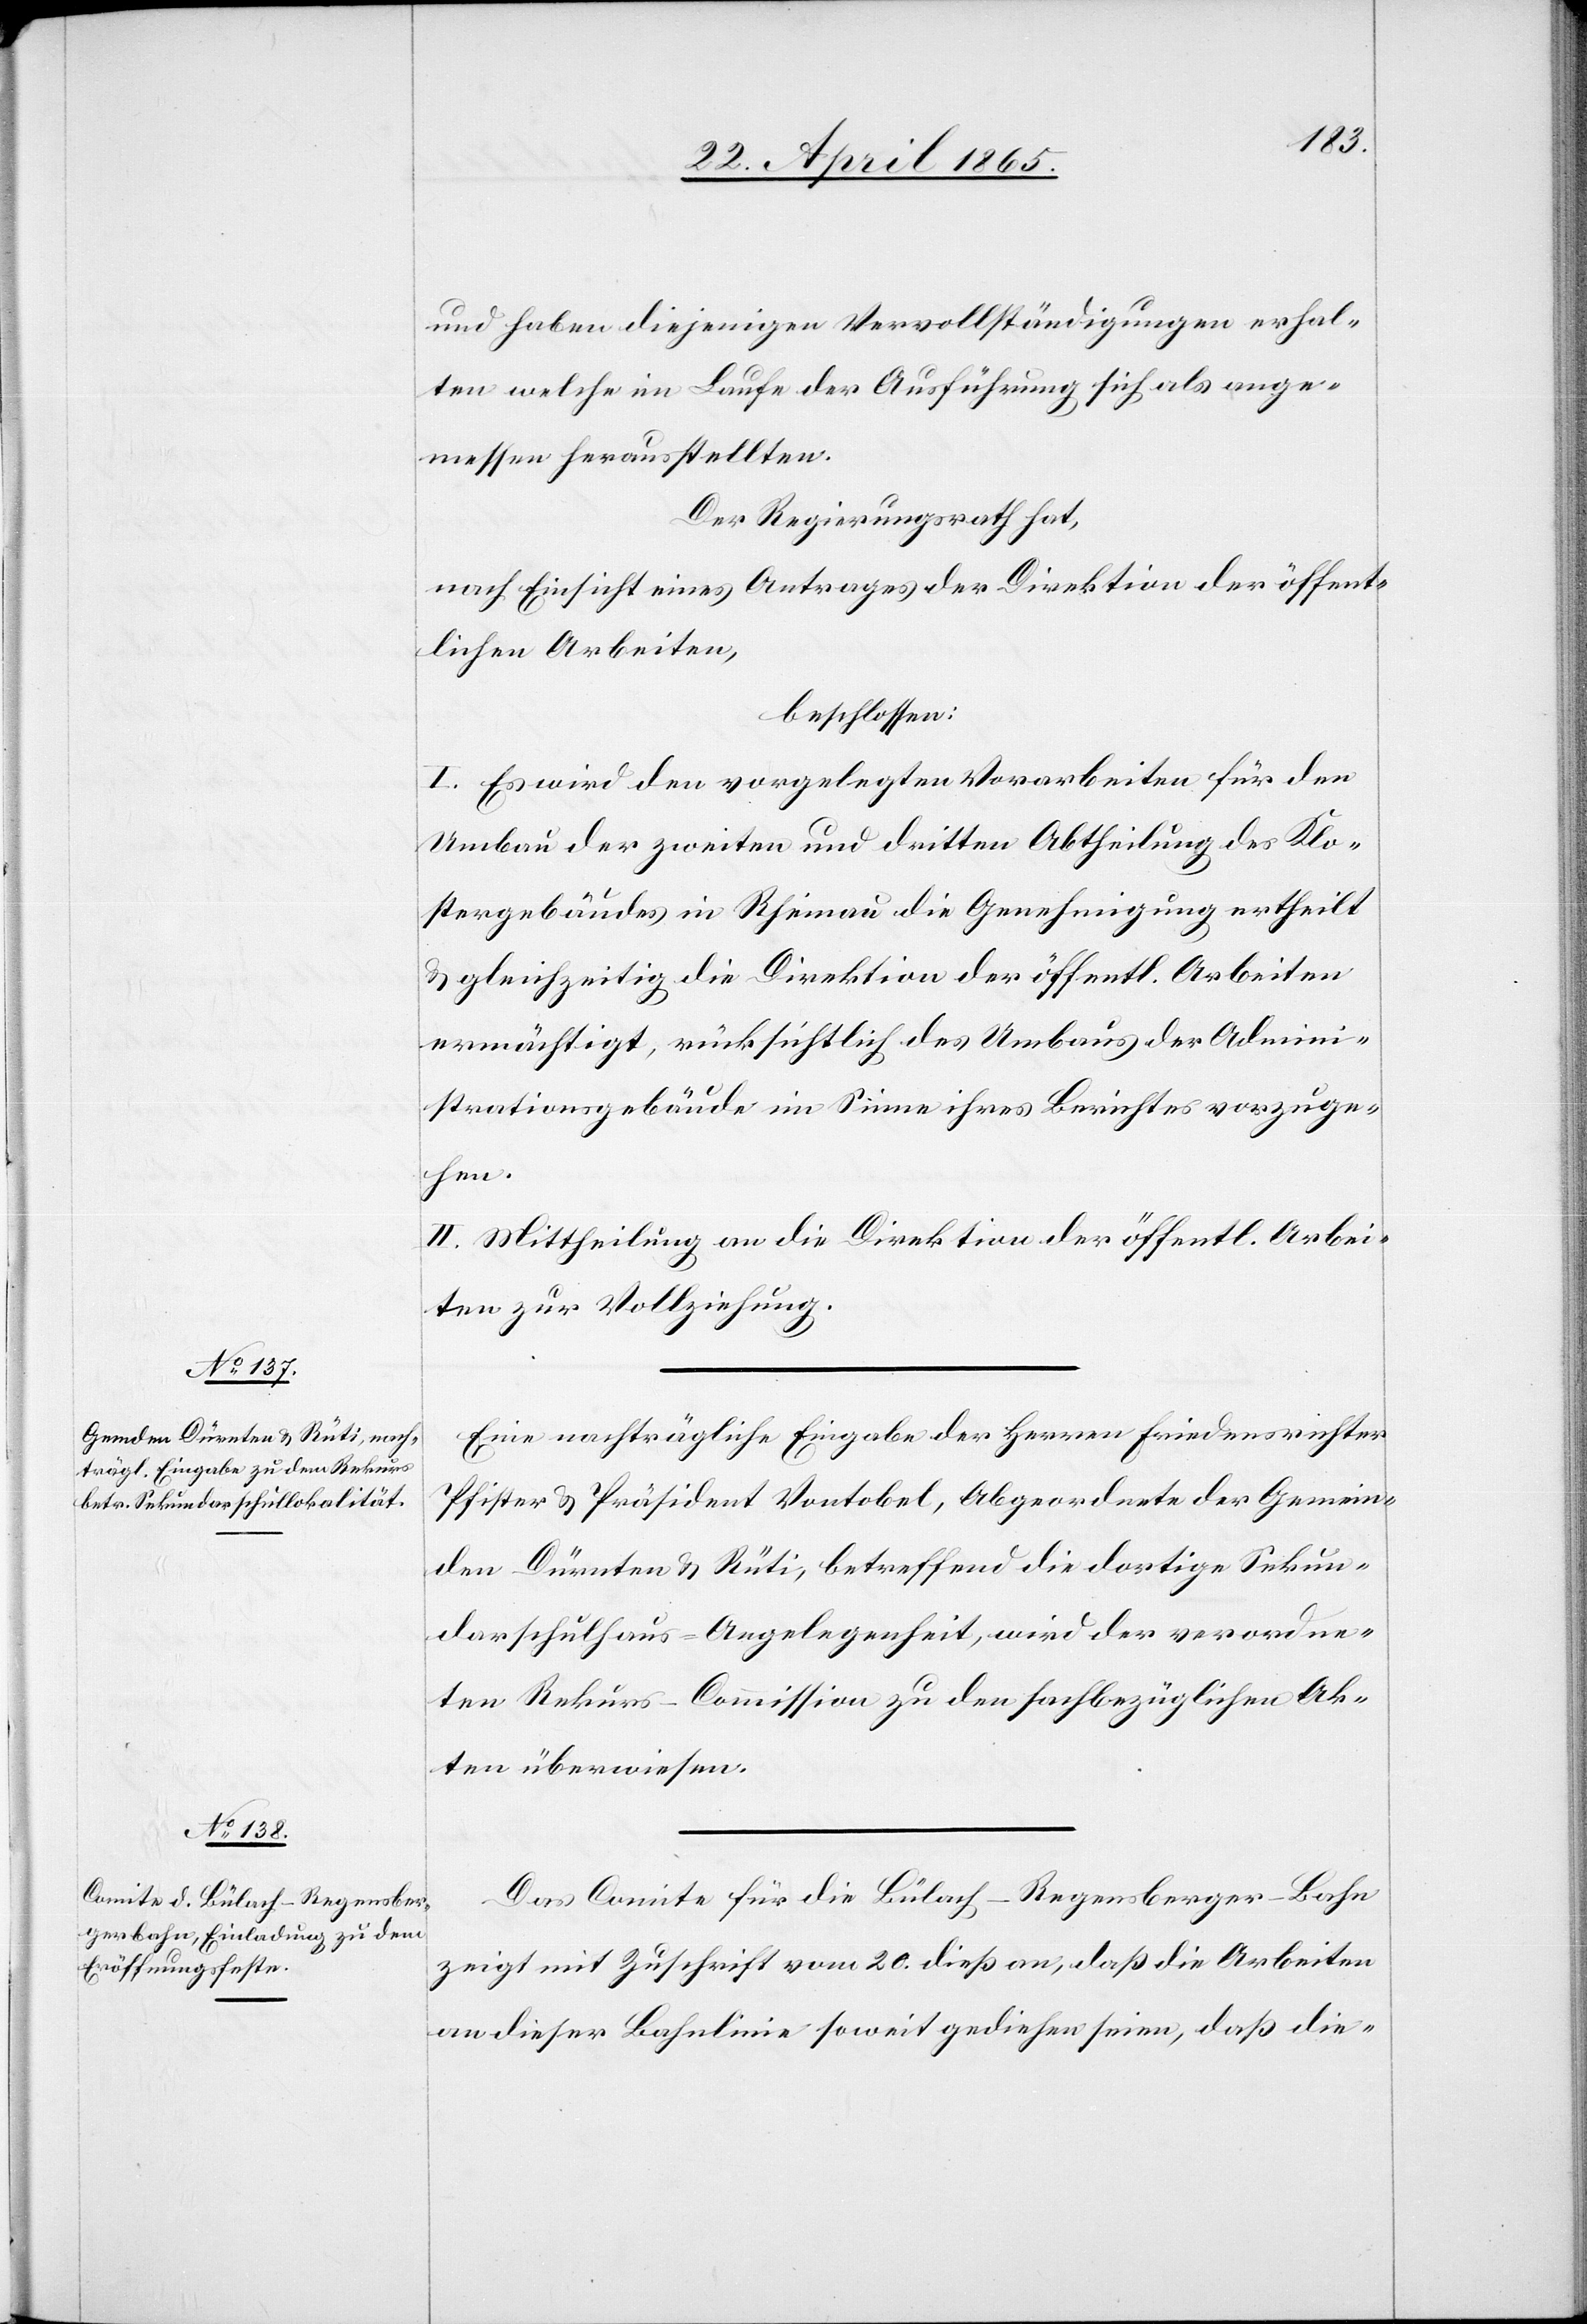
und haben diejenigen Vervollständigungen erhal¬
ten welche im Laufe der Ausführung sich als ange¬
messen herausstellten.
Der Regierungsrath hat,
nach Einsicht eines Antrages der Direktion der öffent¬
lichen Arbeiten,
beschlossen:
I. Es wird den vorgelegten Vorarbeiten für den
Umbau der zweiten und dritten Abtheilung des Klo¬
stergebäudes in Rheinau die Genehmigung ertheilt
& gleichzeitig die Direktion der öffentl. Arbeiten
ermächtigt, rücksichtlich des Umbaus der Admini¬
strationsgebäude im Sinne ihres Berichtes vorzuge¬
hen.
II. Mittheilung an die Direktion der öffentl. Arbei¬
ten zur Vollziehung.
Eine nachträgliche Eingabe der Herren Friedensrichter
Pfister & Präsident Vontobel, Abgeordnete der Gemein¬
den Dürnten & Rüti, betreffend die dortige Sekun¬
darschulhaus-Angelegenheit, wird der verordne¬
ten Rekurs-Commission zu den sachbezüglichen Ak¬
ten überwiesen.
Das Comite für die Bülach-Regensberger-Bahn
zeigt mit Zuschrift vom 20. dieß an, daß die Arbeiten
an dieser Bahnlinie soweit gediehen seien, daß die-